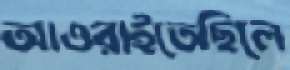
আওরাইতেছিলে